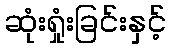
ဆုံးရှုံးခြင်းနှင့်